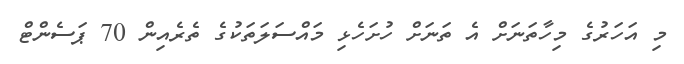
މި އަހަރުގެ މިހާތަނަށް އެ ތަނަށް ހުށަހެޅި މައްސަލަތަކުގެ ތެރެއިން 70 ޕަސެންޓް